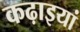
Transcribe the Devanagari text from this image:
कढ़ाइयां